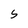
Character: 5